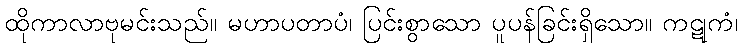
ထိုကာလာဗုမင်းသည်။ မဟာပတာပံ၊ ပြင်းစွာသော ပူပန်ခြင်းရှိသော။ ကဋုကံ၊